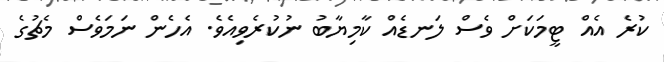
ކުރެ އެއް ޓީމަކަށް ވެސް ލަނޑެއް ކާމިޔާބު ނުކުރެވިއެވެ. އެހެން ނަމަވެސް މެޗުގެ